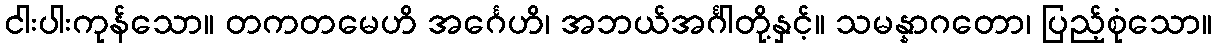
ငါးပါးကုန်သော။ တကတမေဟိ အင်္ဂေဟိ၊ အဘယ်အင်္ဂါတို့နှင့်။ သမန္နာဂတော၊ ပြည့်စုံသော။